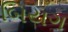
બિયગ